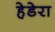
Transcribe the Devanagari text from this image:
हेडेरा